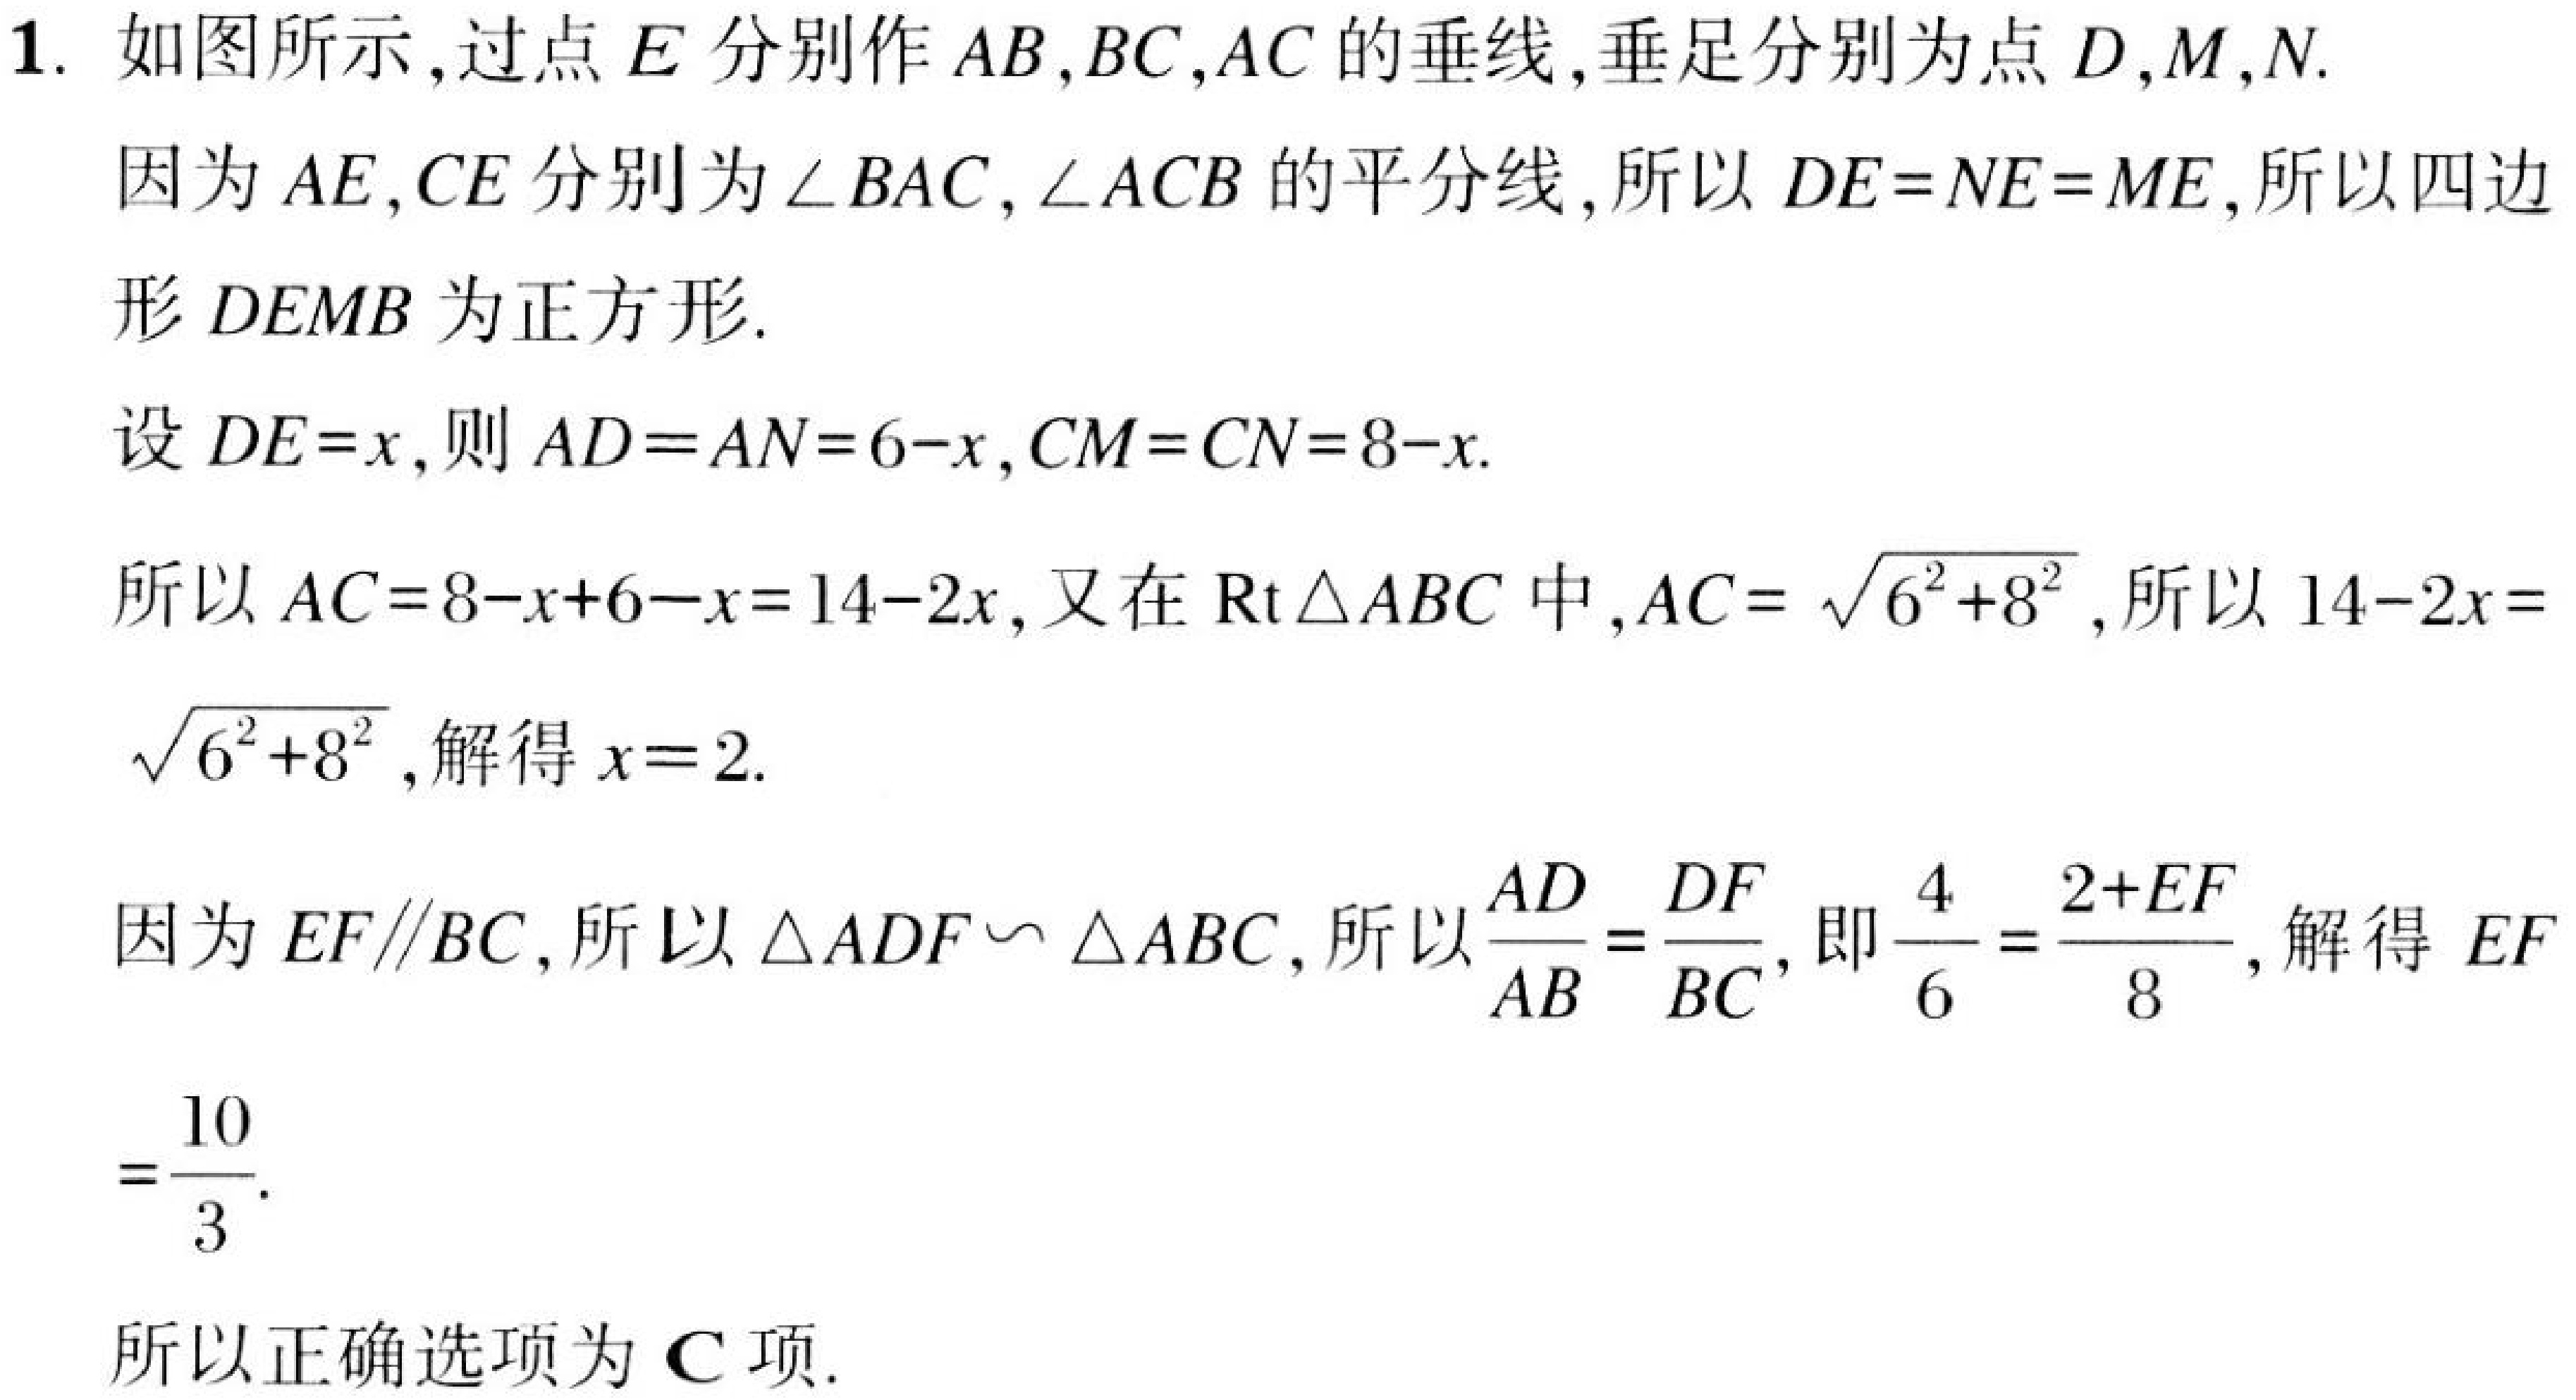
1. 如图所示,过点\(E\)分别作\(AB,BC,AC\)的垂线,垂足分别为点\(D,M,N\).
因为\(AE,CE\)分别为\(\angle BAC,\angle ACB\)的平分线,所以\(DE = NE = ME\),所以四边形\(DEMB\)为正方形.
设\(DE = x\),则\(AD = AN = 6 - x\),\(CM = CN = 8 - x\).
所以\(AC = 8 - x + 6 - x = 14 - 2x\),又在\(\text{Rt}\triangle ABC\)中,\(AC = \sqrt{6^{2}+8^{2}}\),所以\(14 - 2x = \sqrt{6^{2}+8^{2}}\),解得\(x = 2\).
因为\(EF\parallel BC\),所以\(\triangle ADF\sim\triangle ABC\),所以\(\frac{AD}{AB}=\frac{DF}{BC}\),即\(\frac{4}{6}=\frac{2 + EF}{8}\),解得\(EF=\frac{10}{3}\).
所以正确选项为\(C\)项.